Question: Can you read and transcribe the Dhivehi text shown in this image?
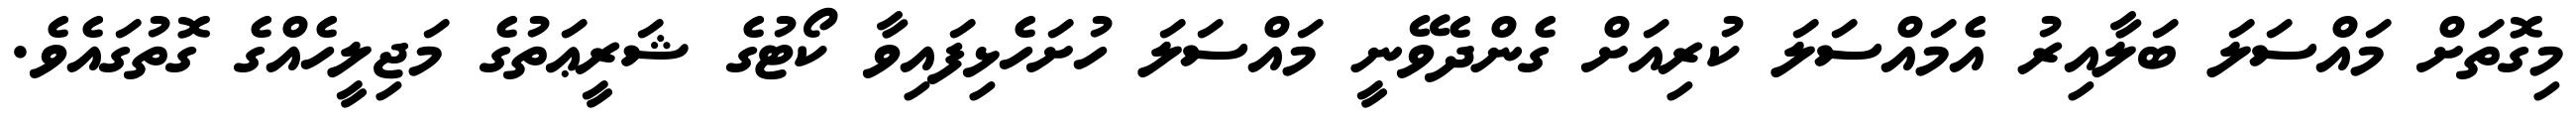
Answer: މިގޮތަށް މައްސަލަ ބަލާއިރު އެމައްސަލަ ކުރިއަށް ގެންދެވޭނީ މައްސަލަ ހުށަހެޅިފައިވާ ކޯޓުގެ ޝަރީޢަތުގެ މަޖިލީހެއްގެ ގޮތުގައެވެ.